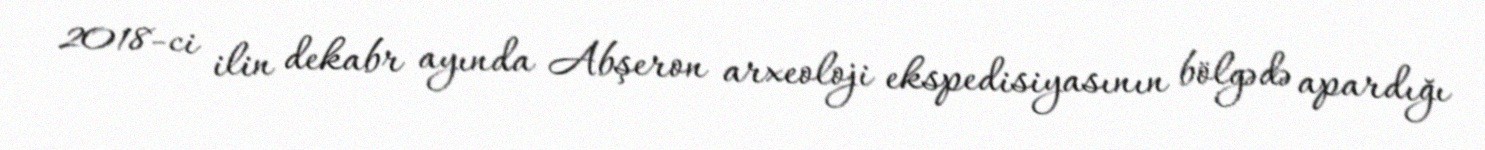
2018-ci ilin dekabr ayında Abşeron arxeoloji ekspedisiyasının bölgədə apardığı